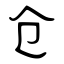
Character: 仓